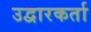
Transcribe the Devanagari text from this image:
उद्वारकर्ता